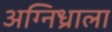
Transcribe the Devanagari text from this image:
अग्निध्राला